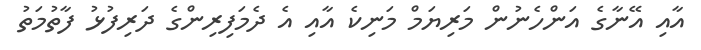
އާއި އޭނާގެ އަންހެނުން މަރިޔަމް މަނިކެ އާއި އެ ދެމަފިރިންގެ ދަރިފުޅު ފާތުމަތު